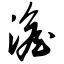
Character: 澹